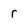
Character: r